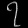
Digit: ၇